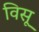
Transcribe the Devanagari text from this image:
विसू